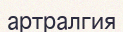
артралгия